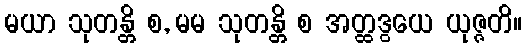
မယာ သုတန္တိ စ, မမ သုတန္တိ စ အတ္ထဒွယေ ယုဇ္ဇတိ။